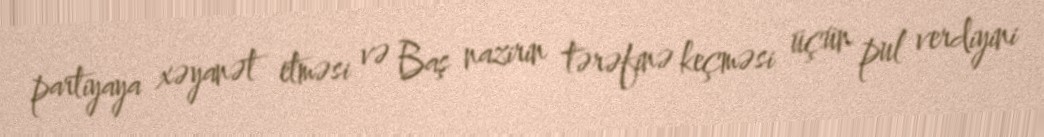
partiyaya xəyanət etməsi və Baş nazirin tərəfinə keçməsi üçün pul verdiyini